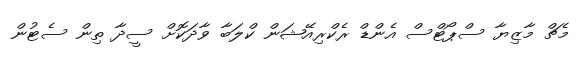
މެޗް މާޒިޔާ ސްޕޯޓްސް އެންޑް ރެކްރިއޭޝަން ކްލަބާ ވާދަކޮށް ސީދާ ތިން ސެޓުން